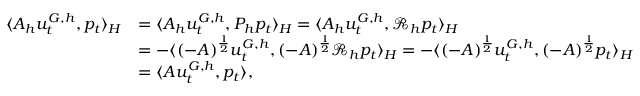
\begin{array} { r l } { \langle A _ { h } u _ { t } ^ { G , h } , p _ { t } \rangle _ { H } } & { = \langle A _ { h } u _ { t } ^ { G , h } , P _ { h } p _ { t } \rangle _ { H } = \langle A _ { h } u _ { t } ^ { G , h } , \mathcal { R } _ { h } p _ { t } \rangle _ { H } } \\ & { = - \langle ( - A ) ^ { \frac { 1 } { 2 } } u _ { t } ^ { G , h } , ( - A ) ^ { \frac { 1 } { 2 } } \mathcal { R } _ { h } p _ { t } \rangle _ { H } = - \langle ( - A ) ^ { \frac { 1 } { 2 } } u _ { t } ^ { G , h } , ( - A ) ^ { \frac { 1 } { 2 } } p _ { t } \rangle _ { H } } \\ & { = \langle A u _ { t } ^ { G , h } , p _ { t } \rangle , } \end{array}